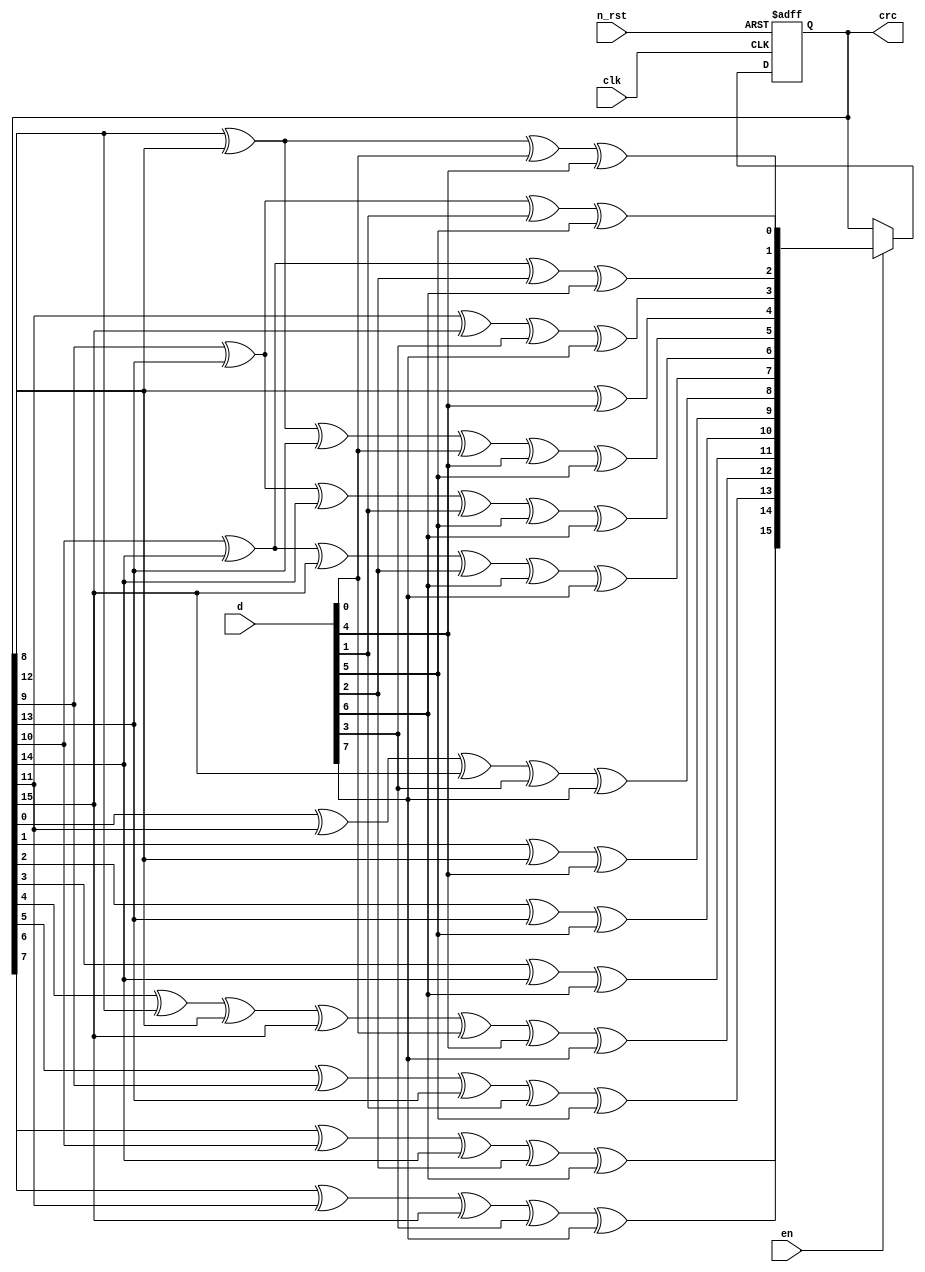
module crc16_citt_calc (
	input clk,
	input n_rst,
	input en,
	input [7:0] d,
	output reg [15:0] crc
);

wire [15:0] c;
assign c[0] = crc[8] ^ crc[12] ^ d[0] ^ d[4];
assign c[1] = crc[9] ^ crc[13] ^ d[1] ^ d[5];
assign c[2] = crc[10] ^ crc[14] ^ d[2] ^ d[6];
assign c[3] = crc[11] ^ crc[15] ^ d[3] ^ d[7];
assign c[4] = crc[12] ^ d[4];
assign c[5] = crc[8] ^ crc[12] ^ crc[13] ^ d[0] ^ d[4] ^ d[5];
assign c[6] = crc[9] ^ crc[13] ^ crc[14] ^ d[1] ^ d[5] ^ d[6];
assign c[7] = crc[10] ^ crc[14] ^ crc[15] ^ d[2] ^ d[6] ^ d[7];
assign c[8] = crc[0] ^ crc[11] ^ crc[15] ^ d[3] ^ d[7];
assign c[9] = crc[1] ^ crc[12] ^ d[4];
assign c[10] = crc[2] ^ crc[13] ^ d[5];
assign c[11] = crc[3] ^ crc[14] ^ d[6];
assign c[12] = crc[4] ^ crc[8] ^ crc[12] ^ crc[15] ^ d[0] ^ d[4] ^ d[7];
assign c[13] = crc[5] ^ crc[9] ^ crc[13] ^ d[1] ^ d[5];
assign c[14] = crc[6] ^ crc[10] ^ crc[14] ^ d[2] ^ d[6];
assign c[15] = crc[7] ^ crc[11] ^ crc[15] ^ d[3] ^ d[7];

always@(posedge clk or negedge n_rst) 
begin
	if(n_rst == 0)
		crc = 16'hFFFF;
   else 
		crc = en ? c : crc;
end
endmodule